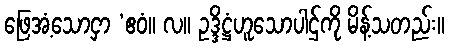
ဖြေအံ့သောငှာ ‘ဧဝံ။ လ။ ဥဒ္ဒိဋ္ဌံဟူသောပါဌ်ကို မိန့်သတည်း။